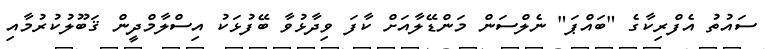
ސައުތު އެފްރިކާގެ "ބައްޕަ" ނެލްސަން މަންޑޭލާއަށް ކާފަ ވިދާޅުވާ ބޭފުޅަކު އިސްލާމްދީން ޤަބޫލުކުރުމާއި